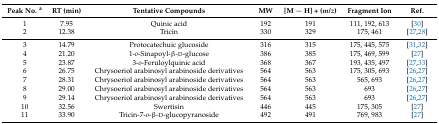
| Peak No. a | RT (min) | Tentative Compounds | MW | [M − H] + (m/z) | Fragment Ion | Ref. |
 | --- | --- | --- | --- | --- | --- | --- |
 | 1 | 7.95 | Quinic acid | 192 | 191 | 111, 192, 613 | [30] |
 | 2 | 12.38 | Tricin | 330 | 329 | 175, 461 | [27,28] |
 | 3 | 14.79 | Protocatechuic glucoside | 316 | 315 | 175, 445, 575 | [31,32] |
 | 4 | 21.20 | 1-o-Sinapoyl-β-d-glucose | 386 | 385 | 175, 469, 599 | [27] |
 | 5 | 23.87 | 3-o-Feruloylquinic acid | 368 | 367 | 193, 435, 497 | [27,33] |
 | 6 | 26.75 | Chrysoeriol arabinosyl arabinoside derivatives | 564 | 563 | 175, 305, 693 | [26,27] |
 | 7 | 28.31 | Chrysoeriol arabinosyl arabinoside derivatives | 564 | 563 | 565, 693 | [26,27] |
 | 8 | 29.00 | Chrysoeriol arabinosyl arabinoside derivatives | 564 | 563 | 693 | [26,27] |
 | 9 | 29.14 | Chrysoeriol arabinosyl arabinoside derivatives | 564 | 563 | 693 | [26,27] |
 | 10 | 32.56 | Swertisin | 446 | 445 | 175, 305 | [27] |
 | 11 | 33.90 | Tricin-7-o-β-d-glucopyranoside | 492 | 491 | 769, 983 | [27] |